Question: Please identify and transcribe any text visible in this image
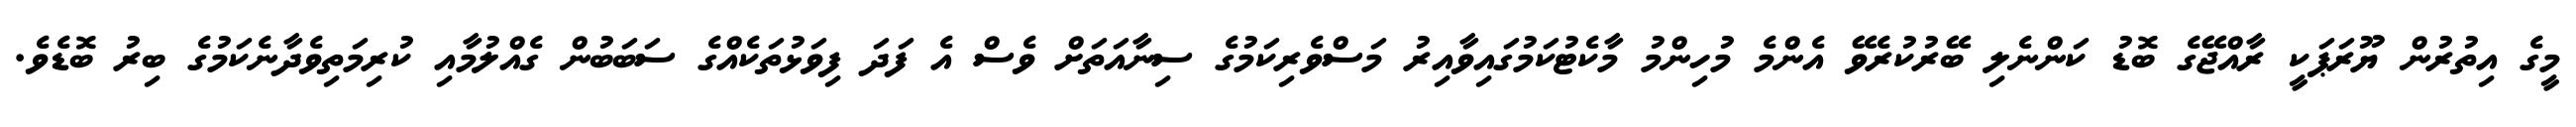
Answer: މީގެ އިތުރުން ޔޫރަޕަކީ ރާއްޖޭގެ ބޮޑު ކަންނެލި ބޭރުކުރެވޭ އެންމެ މުހިންމު މާކެޓުކަމުގައިވާއިރު މަސްވެރިކަމުގެ ސިނާއަތަށް ވެސް އެ ފަދަ ފިވަޅުތަކެއްގެ ސަބަބުން ގެއްލުމާއި ކުރިމަތިވެދާނެކަމުގެ ބިރު ބޮޑެވެ.